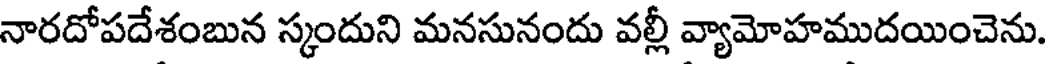
నారదోపదేశంబున స్కందుని మనసునందు వల్లీ వ్యామోహముదయించెను.